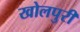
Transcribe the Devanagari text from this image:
खोलपुरी